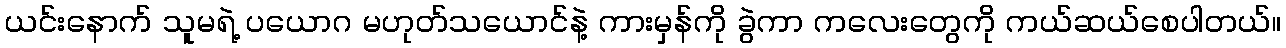
ယင်းနောက် သူမရဲ့ ပယောဂ မဟုတ်သယောင်နဲ့ ကားမှန်ကို ခွဲကာ ကလေးတွေကို ကယ်ဆယ်စေပါတယ်။